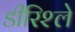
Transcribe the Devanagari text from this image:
डीरिश्ले